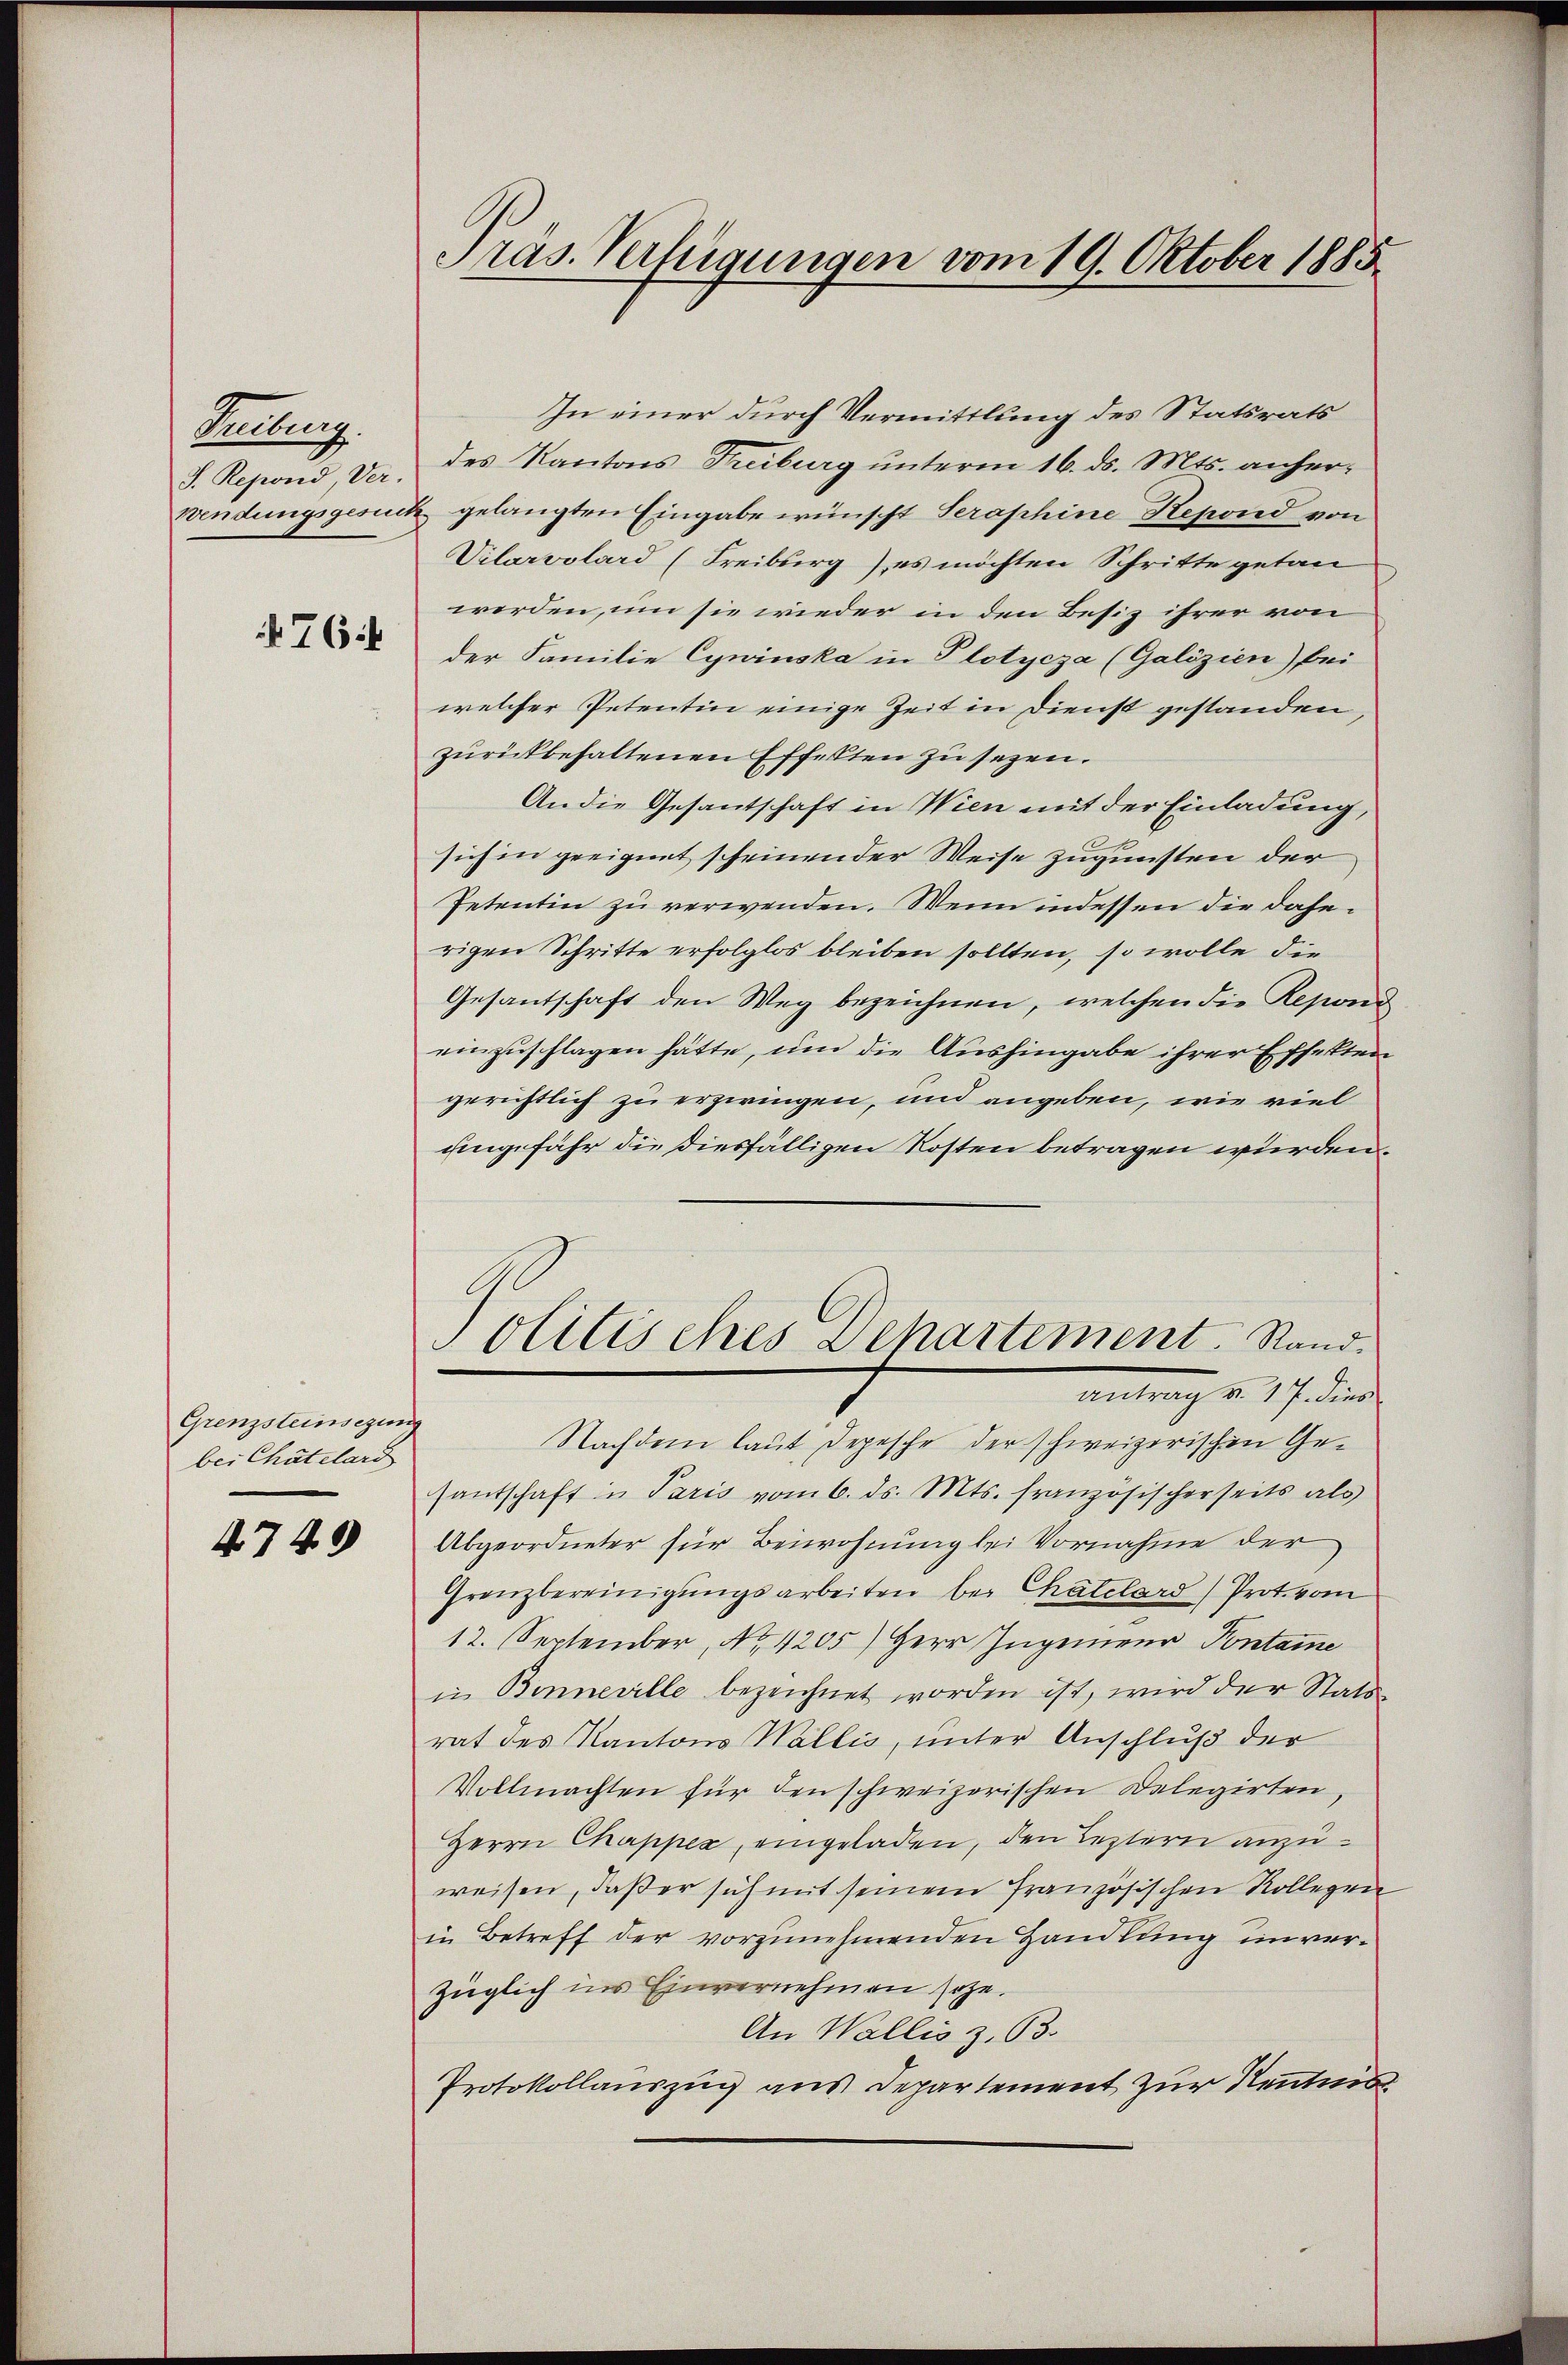
Keulenz
J. Repond Verwendungsgesun

764

Grenzsteinsezung
bei Chätelard

4749

Pras. Verfügungen vom 19. Oktober 1885

In einer durch Vermittlung des Statsrats
des Kantons Treiburg unterm 16. ds. Mts. anher¬
u gelangten Eingabe wünscht Seraphine Repond von
Vilarvolard (Freiburg) es möchten Schritte getan
werden, um sie wieder in den Besiz ihrer von
der Familie Cywinska in Plotycza (Galizien) bei
welcher Petentin einige Zeit in Dienst gestanden,
zurückbehaltenen Effekten zu sezen.
An die Gesantschaft in Wien mit der Einladung,
sich in geeignet scheinen der Weise zugunsten der
Petentin zu verwenden. Wenn indessen die daherigen Schritte erfolglos bleiben sollten, so wolle die
Gesantschaft den Weg bezeichnen, welchen die Reponi
einzuschlagen hätte, um die Aushingabe ihrer Effekten
gerichtlich zu erzwingen, und angeben, wie viel
eingefähr die diesfälligen Kosten betragen würden
olitisches Departement. Stand.
antrag v. 17. dies
Nachdem laut Depesche der schweizerischen Gesantschaft in Paris vom 6. ds. Mts. französischerseits als
Abgeordneter für Beiwohnung bei Vornahme der
Grenzbereinigŭngsarbeiten bei Chatelard) Prot. vom
12. September, No. 1205) Herr Ingenieur Pontame
in Binneville bezeichnet worden ist, wird der Stats
rat des Kantons Wallis, unter Anschluß der
Vollmachten für den schweizerischen Delegirten,
Herrn Chapper, eingeladen, den Leztern anzuweisen, daß er sich mit seinem französischen Kollegen
in Betreff der vorzunehmenden Handlung unverzüglich ins Einvernehmen sehe.
An Wallis z. 63.
Protokollauszug aus Departement zur Kentnis